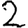
Digit: 2